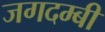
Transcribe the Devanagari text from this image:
जगदम्बी